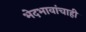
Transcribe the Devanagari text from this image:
भेदभावांचाही